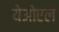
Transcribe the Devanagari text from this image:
येओएल